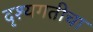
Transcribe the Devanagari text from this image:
दृश्यगतीचा